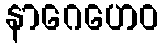
နာဂေဟေဝ